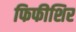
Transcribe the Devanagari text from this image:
फिफीशिर